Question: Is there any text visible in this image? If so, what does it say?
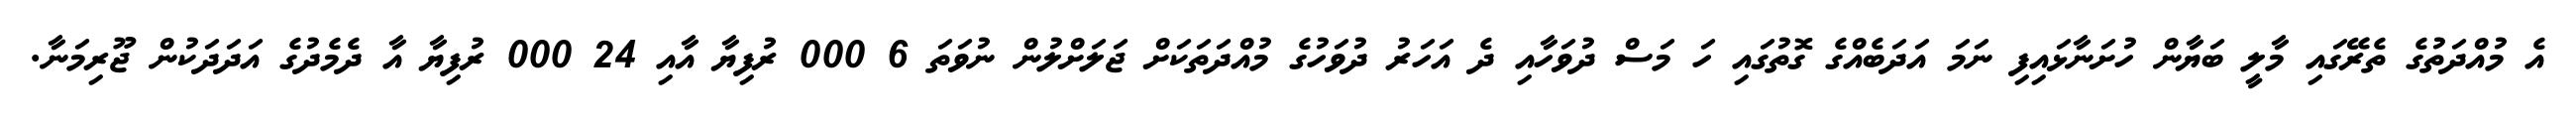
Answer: އެ މުއްދަތުގެ ތެރޭގައި މާލީ ބަޔާން ހުށަނާޅައިފި ނަމަ އަދަބެއްގެ ގޮތުގައި ހަ މަސް ދުވަހާއި ދެ އަހަރު ދުވަހުގެ މުއްދަތަކަށް ޖަލަށްލުން ނުވަތަ 6 000 ރުފިޔާ އާއި 24 000 ރުފިޔާ އާ ދެމެދުގެ އަދަދަކުން ޖޫރިމަނާ.